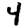
Digit: 4